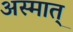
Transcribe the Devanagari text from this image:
अस्मात्‌